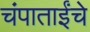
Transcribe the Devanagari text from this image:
चंपाताईंचे